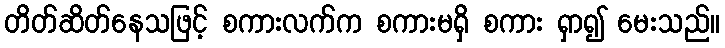
တိတ်ဆိတ်နေသဖြင့် စကားလက်က စကားမရှိ စကား ရှာ၍ မေးသည်။